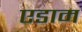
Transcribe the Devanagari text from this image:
एडाम